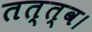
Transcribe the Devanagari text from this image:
तत्त्व।